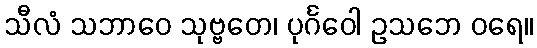
သီလံ သဘာဝေ သုဗ္ဗတေ၊ ပုင်္ဂဝေါ ဥသဘေ ဝရေ။